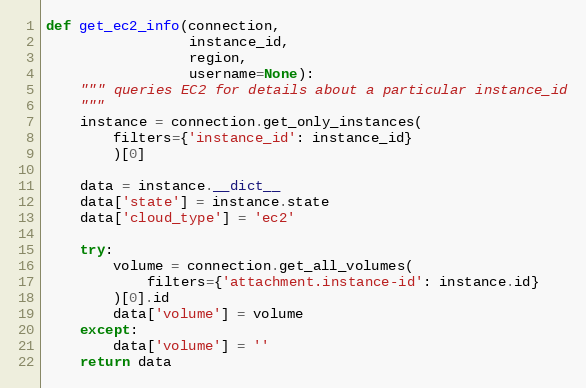
Language: Python
def get_ec2_info(connection,
                 instance_id,
                 region,
                 username=None):
    """ queries EC2 for details about a particular instance_id
    """
    instance = connection.get_only_instances(
        filters={'instance_id': instance_id}
        )[0]

    data = instance.__dict__
    data['state'] = instance.state
    data['cloud_type'] = 'ec2'

    try:
        volume = connection.get_all_volumes(
            filters={'attachment.instance-id': instance.id}
        )[0].id
        data['volume'] = volume
    except:
        data['volume'] = ''
    return data